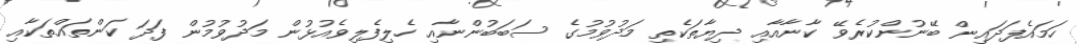
ހަމައެފަދައިން ބޭނުންކުރެވޭ ކާނާއާއި ދިޔާތަކެތި މަދުވުމުގެ ސަބަބުންނާއި ހެލިފެލިވެއުޅުން މަދުވުމުން ފަދަ ކަންތައްތަކާއި